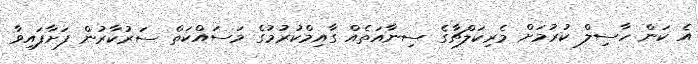
އެ ކަން ހާސިލް ކުރުމަށް މެރިކަލްޗާގެ ސިނާއަތެއް ގާއިމްކުރުމުގެ މަސައްކަތް ސަރުކާރުން ފަށާފައިވާ